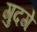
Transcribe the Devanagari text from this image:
गुदगे